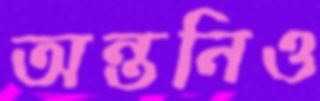
অন্তনিও